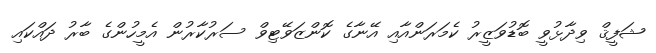
ޝަފީޤް ވިދާޅުވީ ބޮޑުވަޒީރު ކެމަރަންއާއި އޭނާގެ ކޮންޒަވޭޓިވް ސަރުކާރުން އެމީހުންގެ ބާރު ދައްކައި